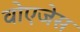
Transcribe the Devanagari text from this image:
वोएजेस